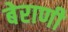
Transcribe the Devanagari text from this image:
बेराणी